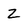
Character: Z